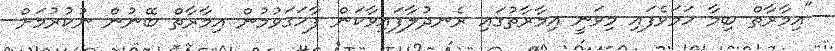
"އިމާރާތް ބިމާ ހަމަވެފައި މިވަނީ އިމާރާތުގައި ރެނދުލާފައިވާކަން ފާހަގަވުމުން އިމާރާތް ބޭނުން ނުކުރުމަށް